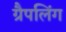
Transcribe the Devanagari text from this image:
ग्रैपलिंग